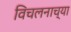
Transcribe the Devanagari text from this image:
विचलनाच्या